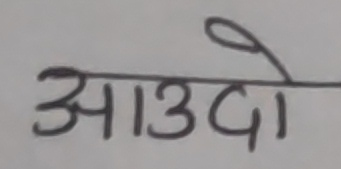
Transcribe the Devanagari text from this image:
आउदो